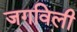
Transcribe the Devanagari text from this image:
जगविली